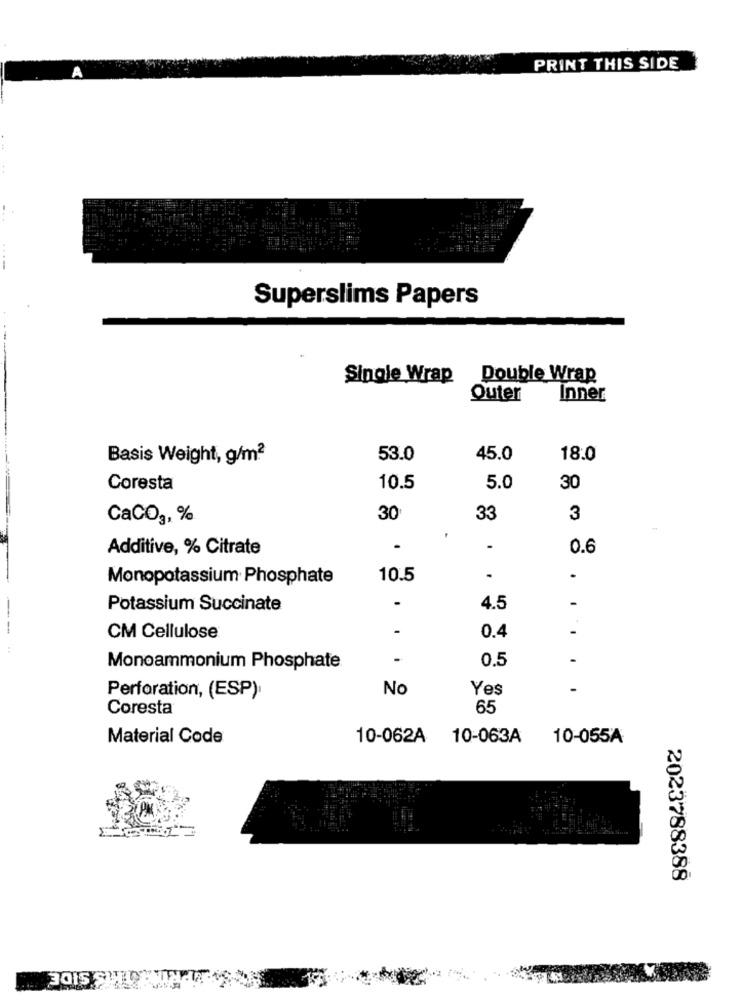
PRINT THIS SIDE
A
Superslims Papers
Single Wrap
Double Wrap
Quier
Inner
Basis Weight, g/m2
53.0
45.0
18.0
Coresta
10.5
5.0
30
CaCO3, %
30
33
3
Additive, % Citrate
.
0.6
Monopotassium Phosphate
10.5
-
.
Potassium Succinate
4.5
-
-
-
CM Cellulose
0.4
-
0.5
Monoammonium Phosphate
No
Yes
Perforation, (ESP),
Coresta
65
Material Code
10-062A
10-063A
10-055A
2023788388